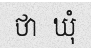
ថា  ឃុំ